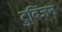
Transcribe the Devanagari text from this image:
टुविंजन